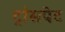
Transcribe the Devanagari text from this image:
ट्रांसपेट